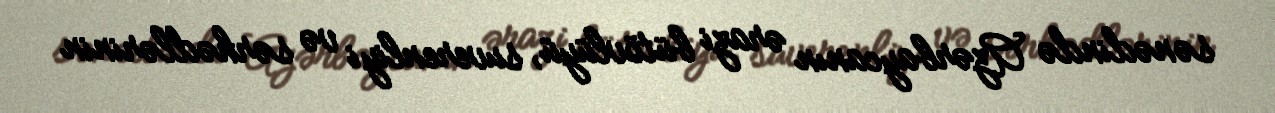
sənədində Azərbaycanın ərazi bütövlüyü, suverenliyi və sərhədlərinin